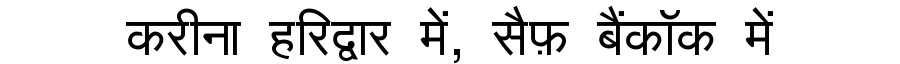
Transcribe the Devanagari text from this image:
करीना हरिद्वार में, सैफ़ बैंकॉक में